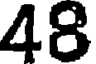
48